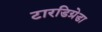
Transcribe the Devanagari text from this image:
टारडिग्रेडा